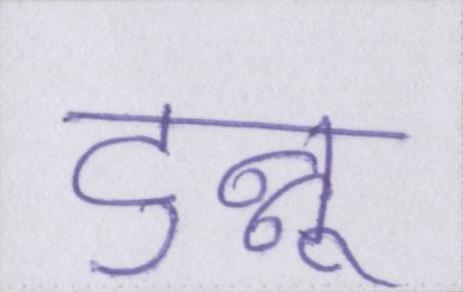
टुन्नू